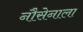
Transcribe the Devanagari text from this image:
नौसेनाला